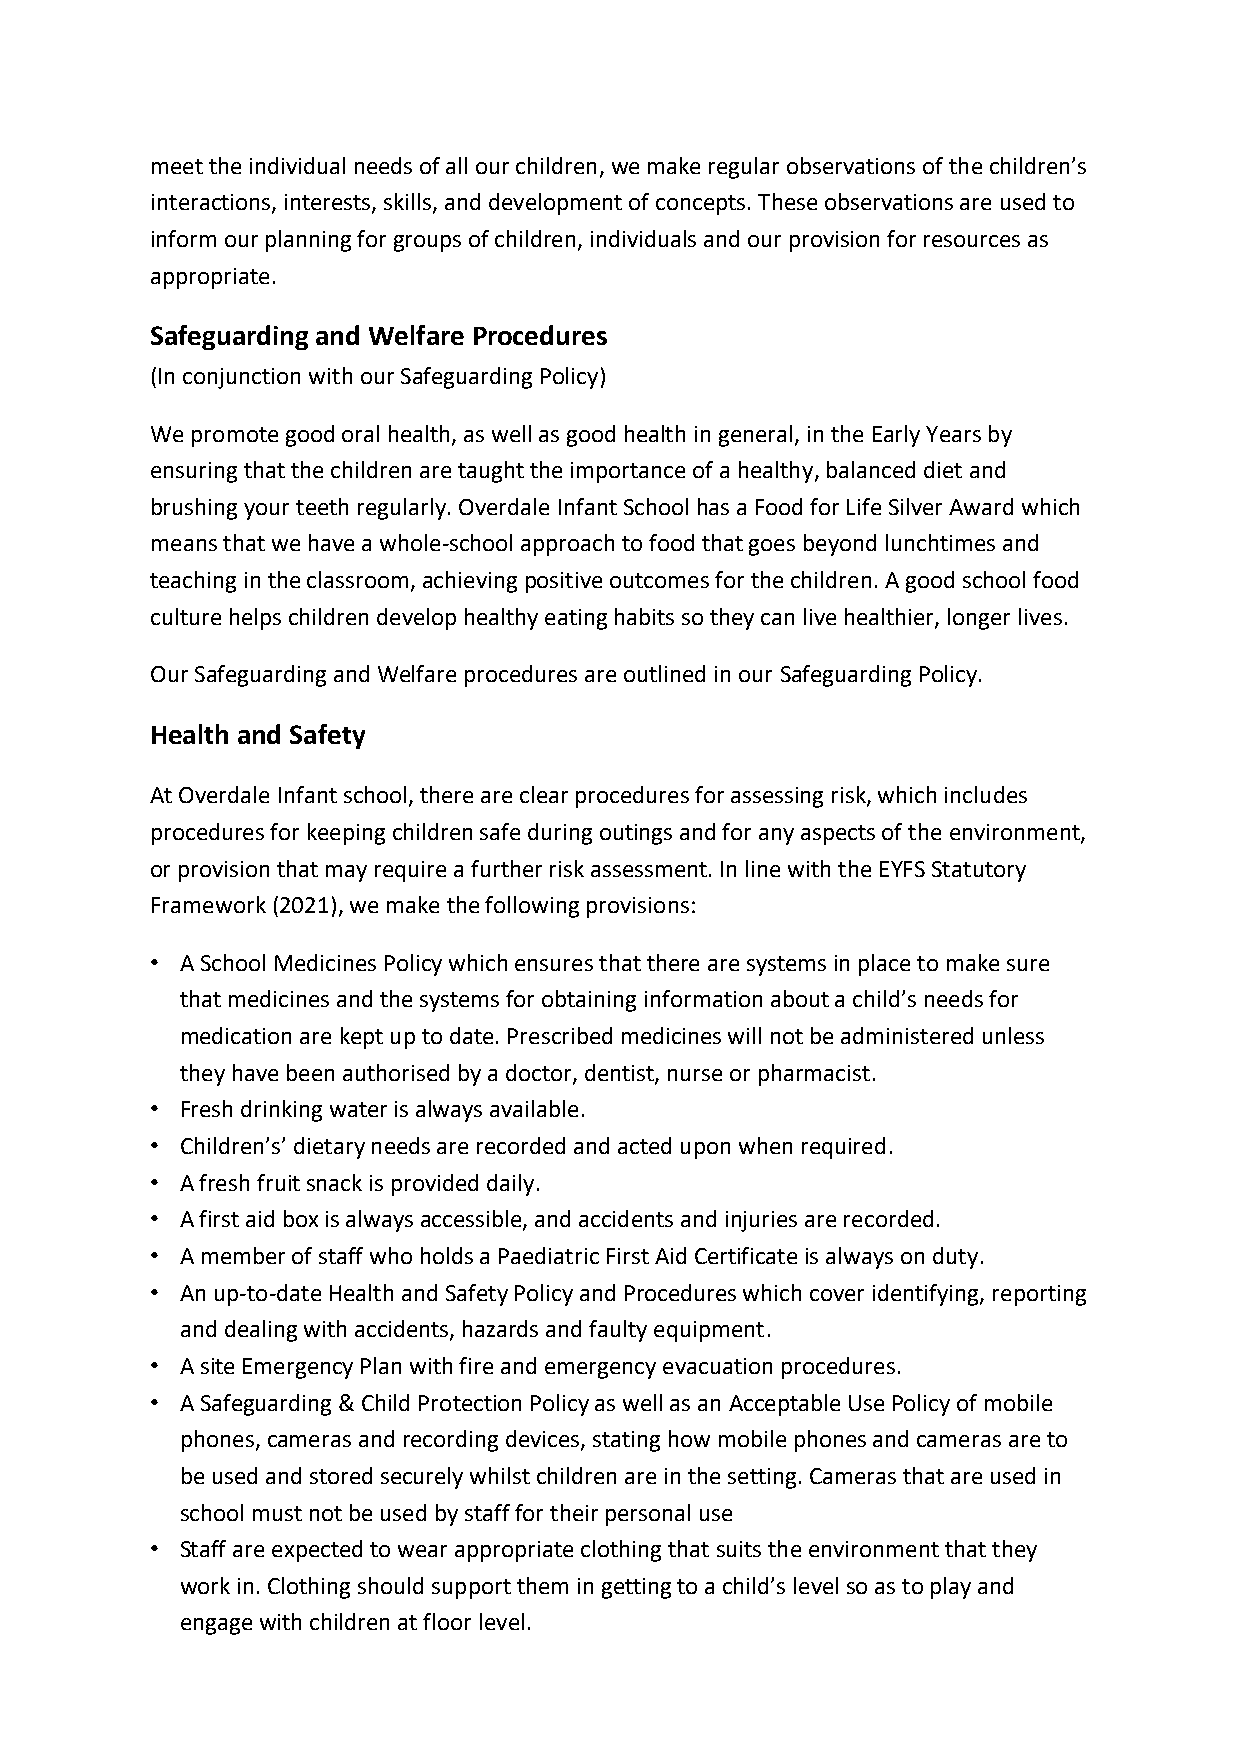
meet the individual needs of all our children, we make regular observations of the children’s
 interactions, interests, skills, and development of concepts. These observations are used to
 inform our planning for groups of children, individuals and our provision for resources as
 appropriate.
 Safeguarding and Welfare Procedures
 (In conjunction with our Safeguarding Policy)
 We promote good oral health, as well as good health in general, in the Early Years by
 ensuring that the children are taught the importance of a healthy, balanced diet and
 brushing your teeth regularly. Overdale Infant School has a Food for Life Silver Award which
 means that we have a whole-school approach to food that goes beyond lunchtimes and
 teaching in the classroom, achieving positive outcomes for the children. A good school food
 culture helps children develop healthy eating habits so they can live healthier, longer lives.
 Our Safeguarding and Welfare procedures are outlined in our Safeguarding Policy.
 Health and Safety
 At Overdale Infant school, there are clear procedures for assessing risk, which includes
 procedures for keeping children safe during outings and for any aspects of the environment,
 or provision that may require a further risk assessment. In line with the EYFS Statutory
 Framework (2021), we make the following provisions:
 • A School Medicines Policy which ensures that there are systems in place to make sure
 that medicines and the systems for obtaining information about a child’s needs for
 medication are kept up to date. Prescribed medicines will not be administered unless
 they have been authorised by a doctor, dentist, nurse or pharmacist.
 • Fresh drinking water is always available.
 • Children’s’ dietary needs are recorded and acted upon when required.
 • A fresh fruit snack is provided daily.
 • A first aid box is always accessible, and accidents and injuries are recorded.
 • A member of staff who holds a Paediatric First Aid Certificate is always on duty.
 • An up-to-date Health and Safety Policy and Procedures which cover identifying, reporting
 and dealing with accidents, hazards and faulty equipment.
 • A site Emergency Plan with fire and emergency evacuation procedures.
 • A Safeguarding & Child Protection Policy as well as an Acceptable Use Policy of mobile
 phones, cameras and recording devices, stating how mobile phones and cameras are to
 be used and stored securely whilst children are in the setting. Cameras that are used in
 school must not be used by staff for their personal use
 • Staff are expected to wear appropriate clothing that suits the environment that they
 work in. Clothing should support them in getting to a child’s level so as to play and
 engage with children at floor level.